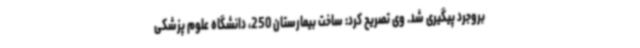
بروجرد پیگیری شد. وی تصریح کرد: ساخت بیمارستان 250، دانشگاه علوم پزشکی